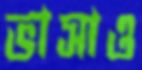
ভাসাও